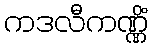
ကဒလီကဏ္ဏိံ